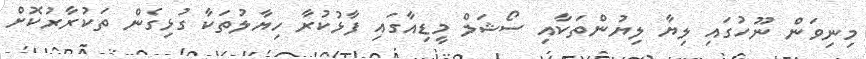
މިނިވަން ނޫހުގައި ލިޔާ ލިޔުންތަކާއި ސޯޝަލް މީޑިއާގައި ފާޅުކުރާ ހިޔާލުތަކާ ގުޅިގެން ތަކުރާރުކޮށް